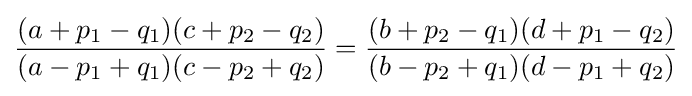
{\frac {(a+p_{1}-q_{1})(c+p_{2}-q_{2})}{(a-p_{1}+q_{1})(c-p_{2}+q_{2})}}={\frac {(b+p_{2}-q_{1})(d+p_{1}-q_{2})}{(b-p_{2}+q_{1})(d-p_{1}+q_{2})}}